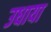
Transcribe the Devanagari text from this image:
उधाया